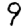
Digit: 9